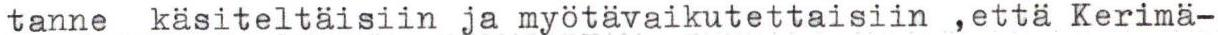
tanne käsiteltäisiin ja myötävaikutettaisiin ,että Kerimä-